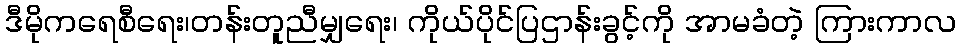
ဒီမိုကရေစီရေး၊တန်းတူညီမျှရေး၊ ကိုယ်ပိုင်ပြဌာန်းခွင့်ကို အာမခံတဲ့ ကြားကာလ